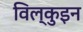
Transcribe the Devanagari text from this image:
विल्कुइन